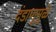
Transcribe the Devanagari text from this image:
दंडाणूमुळे